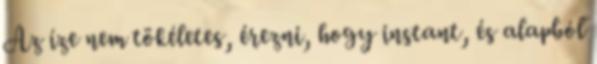
Az íze nem tökéletes, érezni, hogy instant, és alapból